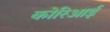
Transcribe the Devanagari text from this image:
कोरिआई